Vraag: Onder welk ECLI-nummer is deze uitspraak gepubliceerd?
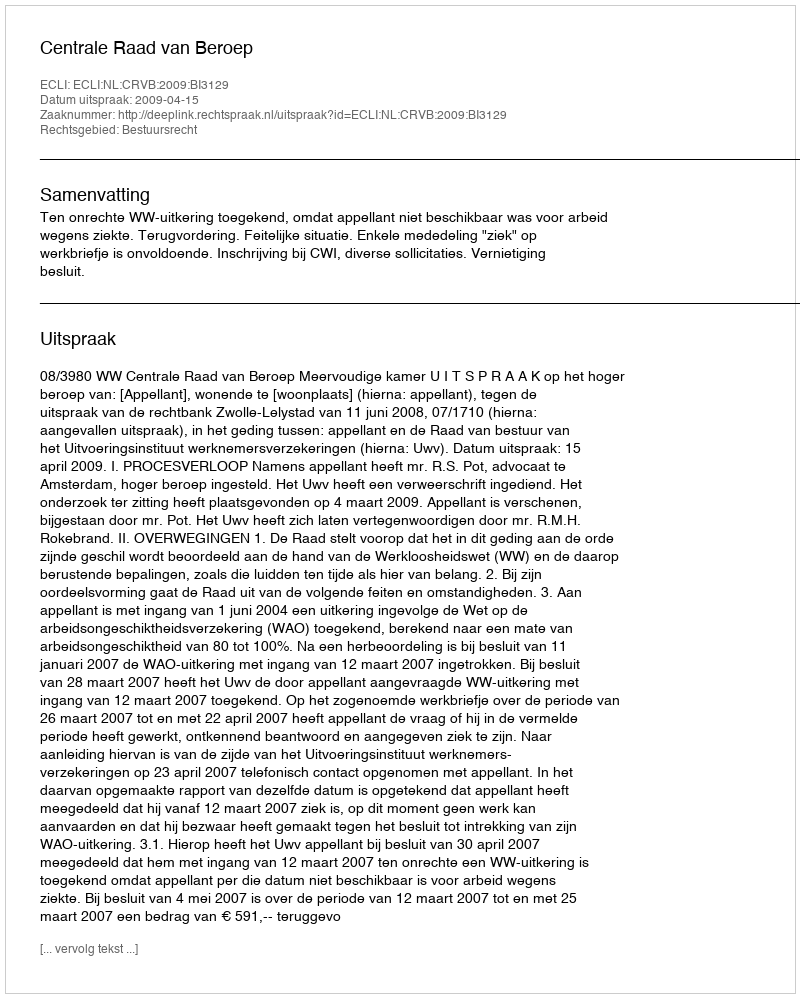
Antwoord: ECLI:NL:CRVB:2009:BI3129